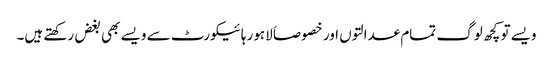
ویسے تو کچھ لوگ تمام عدالتوں اور خصوصاَ لاہور ہائیکورٹ سے ویسے بھی بغض رکھتے ہیں۔